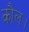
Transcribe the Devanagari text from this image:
कौल।